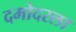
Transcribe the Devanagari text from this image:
दमोदरला